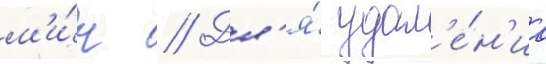
м'и́н // Дл'я́ удал'е́н'иа